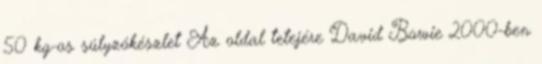
50 kg-os súlyzókészlet Az oldal tetejére David Bowie 2000-ben